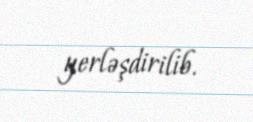
yerləşdirilib.